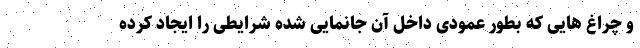
و چراغ هایی که بطور عمودی داخل آن جانمایی شده شرایطی را ایجاد کرده